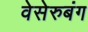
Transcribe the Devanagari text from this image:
वेसेरुबंग